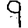
Digit: 9